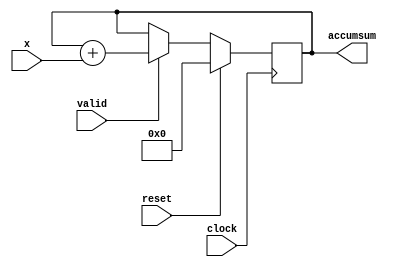
module add_accum( clock, reset, x, valid, accumsum );
    input clock;
    input reset;
    input [3:0] x;
    input valid;
    output reg [7:0] accumsum;

    always @(posedge clock) begin
        if ( reset )
            accumsum <= 0;
        else
            if ( valid )
                accumsum <= accumsum + x;
    end
endmodule